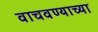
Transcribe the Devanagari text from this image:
वाचवण्याच्या